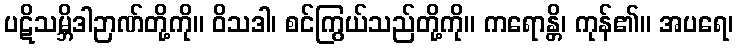
ပဋိသမ္ဘိဒါဉာဏ်တို့ကို။ ဝိသဒါ၊ စင်ကြွယ်သည်တို့ကို။ ကရောန္တိ၊ ကုန်၏။ အပရေ၊